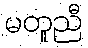
မတူညီ